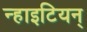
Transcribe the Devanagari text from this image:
न्हाइटियन्